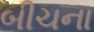
બીચના